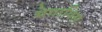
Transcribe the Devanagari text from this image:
मेगापिस